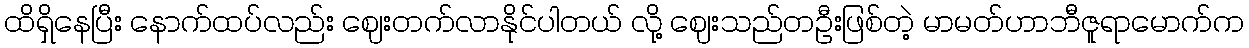
ထိရှိနေပြီး နောက်ထပ်လည်း ဈေးတက်လာနိုင်ပါတယ် လို့ ဈေးသည်တဦးဖြစ်တဲ့ မာမတ်ဟာဘီဇူရာမောက်က